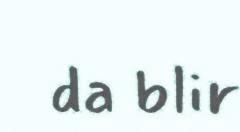
da blir